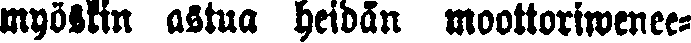
myöskin astua heidän moottoriwenee-